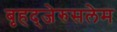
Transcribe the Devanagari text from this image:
बृहद्‌जेरुसलेम